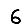
Digit: 6